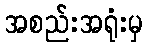
အစည်းအရုံးမှ